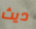
ديث